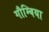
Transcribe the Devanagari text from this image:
गौम्बिया